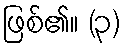
ဖြစ်၏။ (၃)